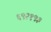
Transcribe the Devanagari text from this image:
६९२१९३